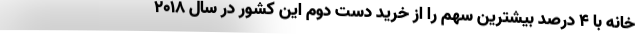
خانه با ۴ درصد بیشترین سهم را از خرید دست دوم این کشور در سال ۲۰۱۸